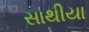
સાથીયા